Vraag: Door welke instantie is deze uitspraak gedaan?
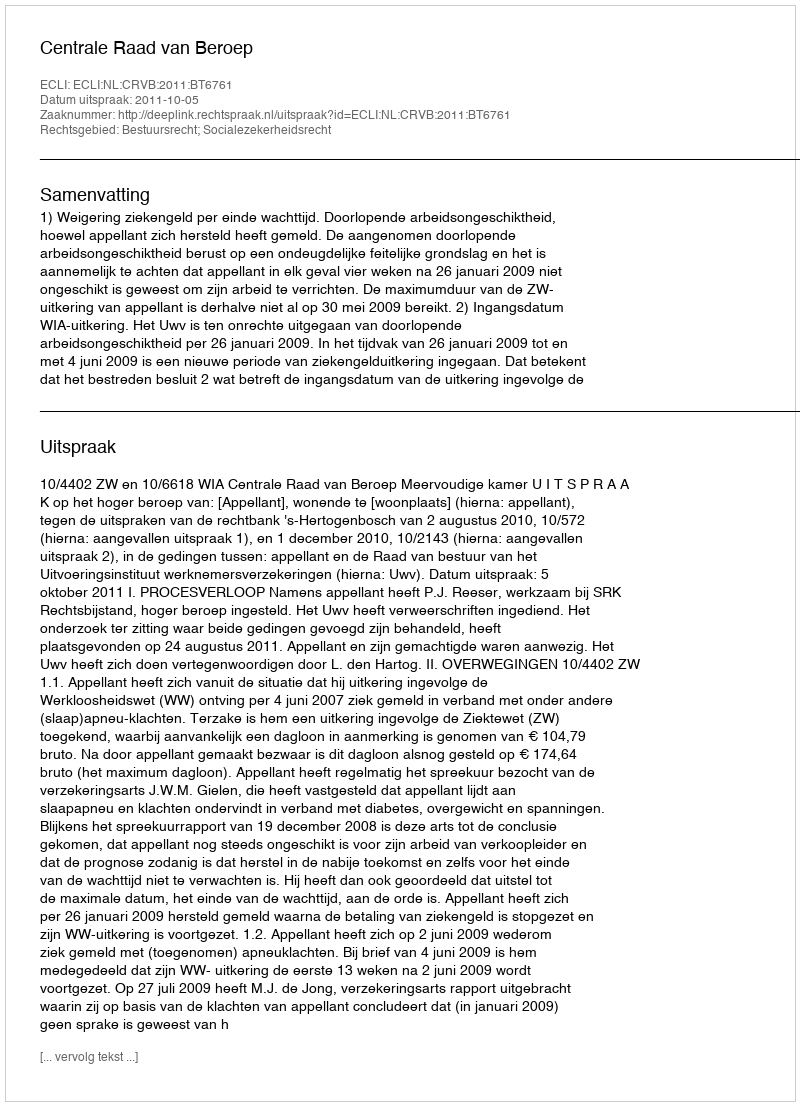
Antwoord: Centrale Raad van Beroep